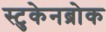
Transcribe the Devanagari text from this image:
स्टुकेनब्रोक